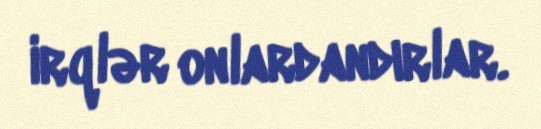
irqlər onlardandırlar.